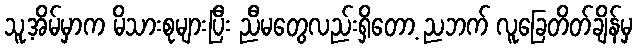
သူ့အိမ်မှာက မိသားစုများပြီး ညီမတွေလည်းရှိတော့ ညဘက် လူခြေတိတ်ချိန်မှ